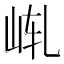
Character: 𪨩